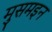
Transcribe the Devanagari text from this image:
मुसमइन